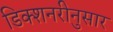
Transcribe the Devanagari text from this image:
डिक्शनरीनुसार